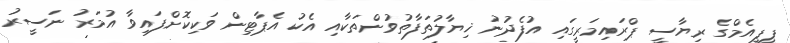
ޕީޕީއެމްގެ ރިޔާސީ ޕްރައިމަރީގައި އުފެދުނު ޚިޔާލުތަފާތުވުންތަކާއި އެކު އެޕާޓިން ވަކިކޮށްފައިވާ އުމަރު ނަސީރު